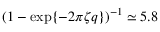
( 1 - \exp \{ - 2 \pi \zeta q \} ) ^ { - 1 } \simeq 5 . 8